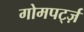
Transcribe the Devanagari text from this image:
गोमपर्ट्ज़